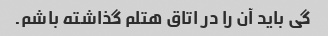
گی باید آن را در اتاق هتلم گذاشته باشم.